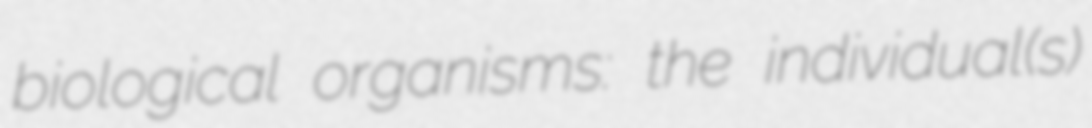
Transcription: biological organisms: the individual(s)